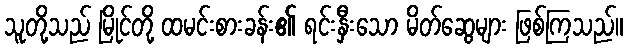
သူတို့သည် မြိုင်တို့ ထမင်းစားခန်း၏ ရင်းနှီးသော မိတ်ဆွေများ ဖြစ်ကြသည်။